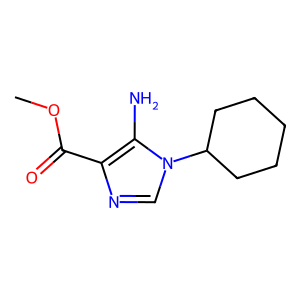
SMILES: COC(=O)c1ncn(C2CCCCC2)c1N
Inhibits HIV replication: No